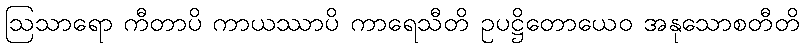
ဩသာရော ကီတာပိ ကာယဿာပိ ကာရေသီတိ ဥပဋ္ဌိတောယေဝ အနုသောစတီတိ